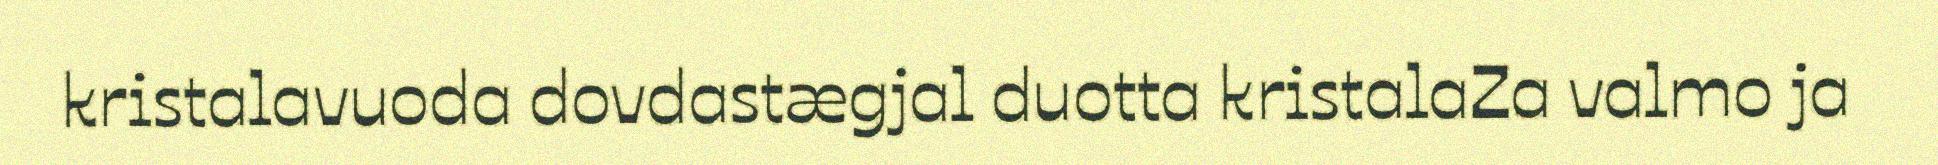
kristalavuoda dovdastægjal duotta kristalaZa valmo ja